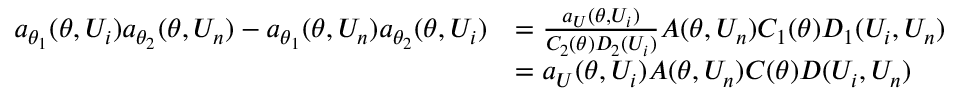
\begin{array} { r l } { a _ { \theta _ { 1 } } ( \theta , U _ { i } ) a _ { \theta _ { 2 } } ( \theta , U _ { n } ) - a _ { \theta _ { 1 } } ( \theta , U _ { n } ) a _ { \theta _ { 2 } } ( \theta , U _ { i } ) } & { = \frac { a _ { U } ( \theta , U _ { i } ) } { C _ { 2 } ( \theta ) D _ { 2 } ( U _ { i } ) } A ( \theta , U _ { n } ) C _ { 1 } ( \theta ) D _ { 1 } ( U _ { i } , U _ { n } ) } \\ & { = a _ { U } ( \theta , U _ { i } ) A ( \theta , U _ { n } ) C ( \theta ) D ( U _ { i } , U _ { n } ) } \end{array}